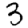
Digit: 3